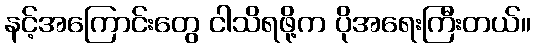
နင့်အကြောင်းတွေ ငါသိရဖို့က ပိုအရေးကြီးတယ်။